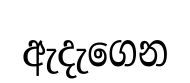
ඇදැගෙන